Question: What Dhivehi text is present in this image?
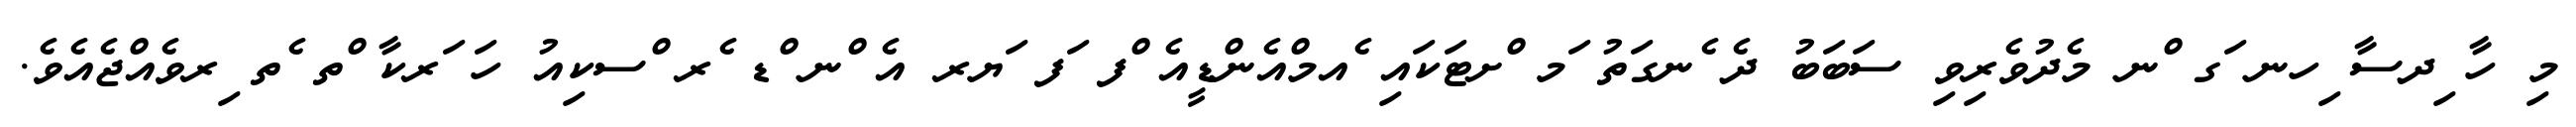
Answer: މި ހާ ިދސާ ިހނ ަގ ްނ މެދުވެރިވި ސަބަބު ދެ ެނގަތު ަމ ްށޓަކައި ެއމްއެންޑީއެ ްފ ަފ ަޔރ އެ ްނ ްޑ ެރ ްސކިއު ހަ ަރކާ ްތ ެތ ިރވެއްޖެއެވެ.